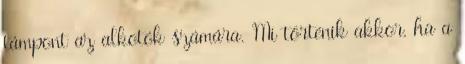
támpont az alkotók számára. Mi történik akkor, ha a